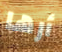
أرها